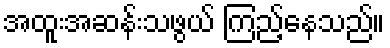
အထူးအဆန်းသဖွယ် ကြည့်နေသည်။